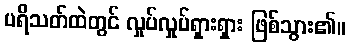
ပရိသတ်ထဲတွင် လှုပ်လှုပ်ရှားရှား ဖြစ်သွား၏။